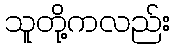
သူတို့ကလည်း